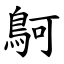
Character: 鴚